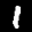
Label: 1